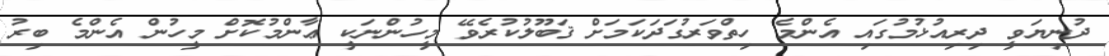
ދުނިޔަވީ ދިރިއުޅުމުގައި އެންމެ ހިތްވަރުގަދަކަމަށް ޤަބޫލުކުރެވޭ މީހުންނަކީ ޢާންމުކޮށް މީހުން އެންމެ ބިރު